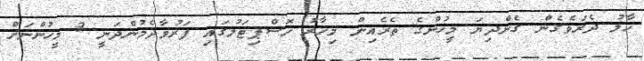
ހާލު ދެރަވެގެން ގެންދިޔަ މީހުންގެ ތެރެއިން މިހާރު ހޮސްޕިޓަލުގައި ފަރުވާދެމުންދަނީ 3 މީހުންނަށް